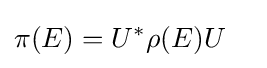
\pi (E)=U^{*}\rho (E)U\quad